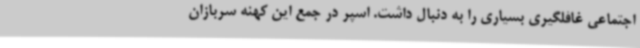
اجتماعی غافلگیری بسیاری را به دنبال داشت. اسپر در جمع این کهنه سربازان